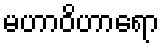
မဟာဝိဟာရော